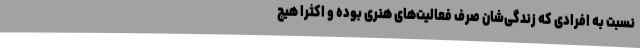
نسبت به افرادی که زندگی‌شان صرف فعالیت‌های هنری بوده و اکثرا هیچ